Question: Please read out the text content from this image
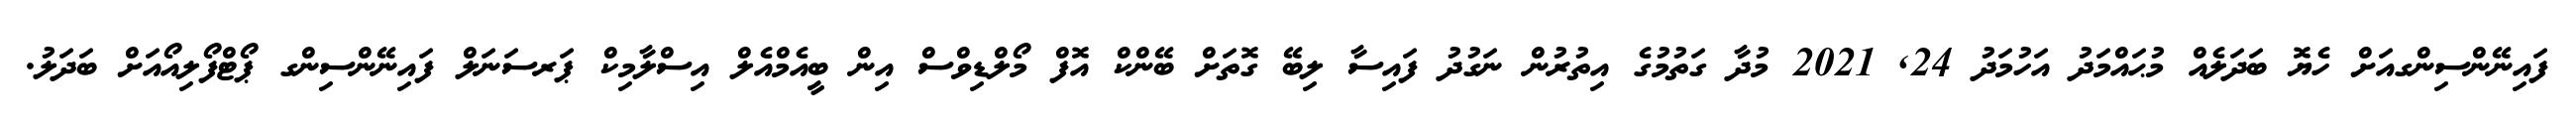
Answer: ފައިނޭންސިންގއަށް ހެޔޮ ބަދަލެއް މުޙައްމަދު އަހުމަދު 24, 2021 މުދާ ގަތުމުގެ އިތުރުން ނަގުދު ފައިސާ ލިބޭ ގޮތަށް ބޭންކް އޮފް މޯލްޑިވްސް އިން ބީއެމްއެލް އިސްލާމިކް ޕަރސަނަލް ފައިނޭންސިންގ ޕޯޓްފޯލިއޯއަށް ބަދަލު.